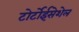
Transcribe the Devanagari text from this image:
टोर्टोईसेशेल